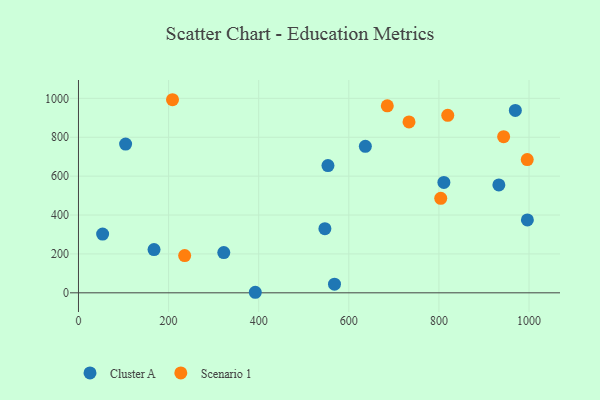
{"axis": {"x": "Investment", "y": "Rating"}, "legend": ["Cluster A", "Scenario 1"], "data": [{"x": "167.7", "y": 222.6, "type": "Cluster A"}, {"x": "553.7", "y": 654.3, "type": "Cluster A"}, {"x": "392.4", "y": 2.8, "type": "Cluster A"}, {"x": "811.0", "y": 567.7, "type": "Cluster A"}, {"x": "969.6", "y": 937.9, "type": "Cluster A"}, {"x": "322.5", "y": 206.8, "type": "Cluster A"}, {"x": "568.2", "y": 44.7, "type": "Cluster A"}, {"x": "636.7", "y": 753.3, "type": "Cluster A"}, {"x": "546.9", "y": 329.8, "type": "Cluster A"}, {"x": "996.3", "y": 374.8, "type": "Cluster A"}, {"x": "933.0", "y": 554.9, "type": "Cluster A"}, {"x": "53.6", "y": 301.9, "type": "Cluster A"}, {"x": "104.6", "y": 764.9, "type": "Cluster A"}, {"x": "996.0", "y": 685.1, "type": "Scenario 1"}, {"x": "685.4", "y": 961.4, "type": "Scenario 1"}, {"x": "208.7", "y": 992.9, "type": "Scenario 1"}, {"x": "733.6", "y": 878.7, "type": "Scenario 1"}, {"x": "943.6", "y": 803.1, "type": "Scenario 1"}, {"x": "819.6", "y": 912.6, "type": "Scenario 1"}, {"x": "235.7", "y": 191.4, "type": "Scenario 1"}, {"x": "804.0", "y": 485.8, "type": "Scenario 1"}]}